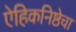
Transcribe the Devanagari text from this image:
ऐहिकनिष्ठेचा